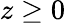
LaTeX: z\geq 0